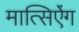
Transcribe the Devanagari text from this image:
मात्सिऐंग